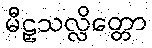
မီဠှသလ္လိတ္တော